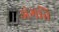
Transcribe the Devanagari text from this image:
अंगति